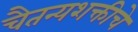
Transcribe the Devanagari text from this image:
चैतन्यशक्तीचे